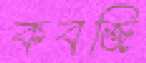
কবজি